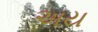
અય